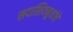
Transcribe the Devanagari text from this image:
सदाशिवबुवांचे